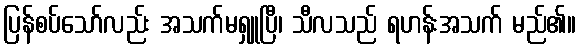
ပြန်စပ်သော်လည်း အသက်မရှူပြီ၊ သီလသည် ရဟန်းအသက် မည်၏။